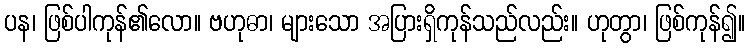
ပန၊ ဖြစ်ပါကုန်၏လော။ ဗဟုဓာ၊ များသော အပြားရှိကုန်သည်လည်း။ ဟုတွာ၊ ဖြစ်ကုန်၍။